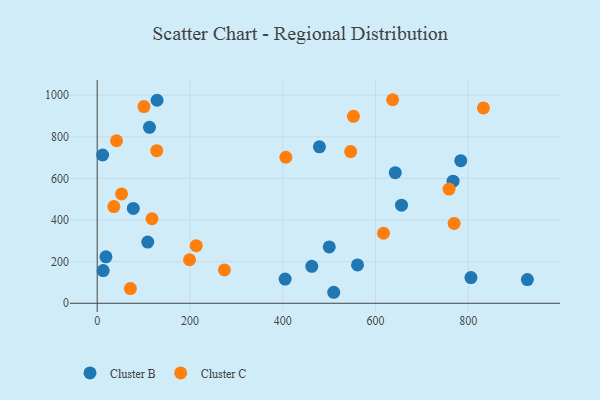
{"axis": {"x": "Experience", "y": "Salary"}, "legend": ["Cluster B", "Cluster C"], "data": [{"x": "561.2", "y": 184.1, "type": "Cluster B"}, {"x": "129.1", "y": 975.5, "type": "Cluster B"}, {"x": "11.7", "y": 712.6, "type": "Cluster B"}, {"x": "479.1", "y": 751.7, "type": "Cluster B"}, {"x": "642.6", "y": 627.4, "type": "Cluster B"}, {"x": "462.6", "y": 177.8, "type": "Cluster B"}, {"x": "112.7", "y": 845.5, "type": "Cluster B"}, {"x": "509.9", "y": 52.9, "type": "Cluster B"}, {"x": "656.1", "y": 471.5, "type": "Cluster B"}, {"x": "77.8", "y": 455.9, "type": "Cluster B"}, {"x": "12.9", "y": 157.0, "type": "Cluster B"}, {"x": "405.2", "y": 116.5, "type": "Cluster B"}, {"x": "805.8", "y": 123.6, "type": "Cluster B"}, {"x": "927.4", "y": 114.1, "type": "Cluster B"}, {"x": "18.9", "y": 223.4, "type": "Cluster B"}, {"x": "783.8", "y": 685.0, "type": "Cluster B"}, {"x": "767.2", "y": 586.7, "type": "Cluster B"}, {"x": "500.3", "y": 270.8, "type": "Cluster B"}, {"x": "109.0", "y": 293.9, "type": "Cluster B"}, {"x": "617.3", "y": 336.6, "type": "Cluster C"}, {"x": "832.6", "y": 938.6, "type": "Cluster C"}, {"x": "758.6", "y": 548.6, "type": "Cluster C"}, {"x": "52.5", "y": 525.4, "type": "Cluster C"}, {"x": "71.6", "y": 70.8, "type": "Cluster C"}, {"x": "769.5", "y": 383.7, "type": "Cluster C"}, {"x": "35.9", "y": 464.5, "type": "Cluster C"}, {"x": "128.3", "y": 733.3, "type": "Cluster C"}, {"x": "274.3", "y": 160.2, "type": "Cluster C"}, {"x": "552.4", "y": 898.1, "type": "Cluster C"}, {"x": "213.5", "y": 276.8, "type": "Cluster C"}, {"x": "41.7", "y": 780.9, "type": "Cluster C"}, {"x": "199.1", "y": 209.2, "type": "Cluster C"}, {"x": "546.4", "y": 728.8, "type": "Cluster C"}, {"x": "406.7", "y": 701.8, "type": "Cluster C"}, {"x": "100.8", "y": 945.0, "type": "Cluster C"}, {"x": "637.0", "y": 978.1, "type": "Cluster C"}, {"x": "118.1", "y": 406.1, "type": "Cluster C"}]}